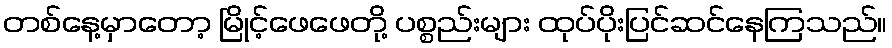
တစ်နေ့မှာတော့ မြိုင့်ဖေဖေတို့ ပစ္စည်းများ ထုပ်ပိုးပြင်ဆင်နေကြသည်။